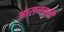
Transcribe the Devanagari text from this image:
आसनगल्ली